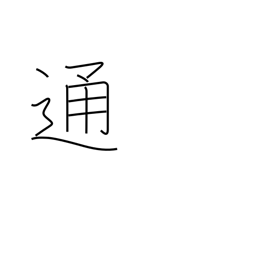
Meaning: counter for letters, notes, documents, etc.